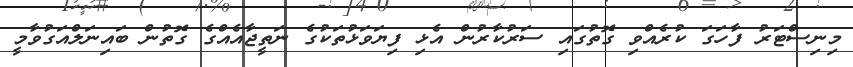
މިނިސްޓަރު ފާހަގަ ކުރެއްވި ގޮތުގައި ސަރުކާރުން އެޅި ފިޔަވަޅުތަކުގެ ނަތީޖާއެއްގެ ގޮތުން ބައިނަލްއަގުވާމީ